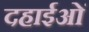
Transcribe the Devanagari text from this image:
दहाईओं